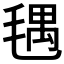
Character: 𣮨